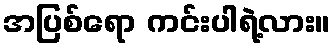
အပြစ်ရော ကင်းပါရဲ့လား။